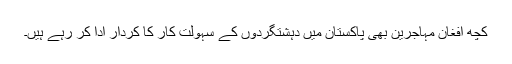
کچھ افغان مہاجرین بھی پاکستان میں دہشتگردوں کے سہولت کار کا کردار ادا کر رہے ہیں۔